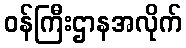
ဝန်ကြီးဌာနအလိုက်